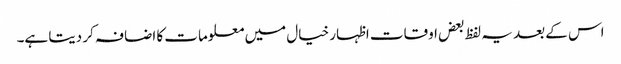
اس کے بعد یہ لفظ بعض اوقات اظہار خیال میں معلومات کا اضافہ کر دیتا ہے۔